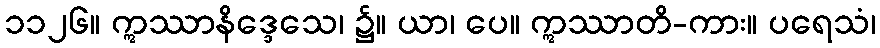
၁၁၂၆။ ဣဿာနိဒ္ဒေသေ၊ ၌။ ယာ၊ ပေ။ ဣဿာတိ-ကား။ ပရေသံ၊